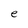
Character: e